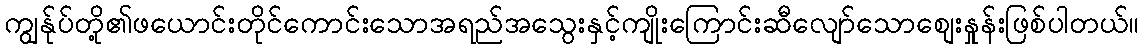
ကျွန်ုပ်တို့၏ဖယောင်းတိုင်ကောင်းသောအရည်အသွေးနှင့်ကျိုးကြောင်းဆီလျော်သောစျေးနှုန်းဖြစ်ပါတယ်။